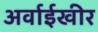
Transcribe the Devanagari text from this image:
अर्वाईखीर